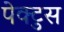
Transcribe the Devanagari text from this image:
पेक्टुस